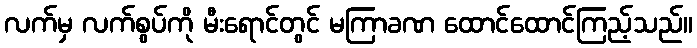
လက်မှ လက်စွပ်ကို မီးရောင်တွင် မကြာခဏ ထောင်ထောင်ကြည့်သည်။